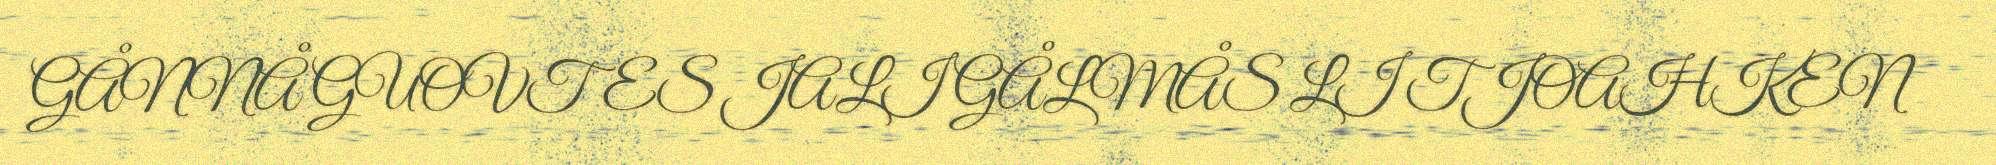
GÅNNÅ GUOVTES JALI GÅLMÅS LI TJOAHKEN